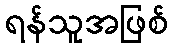
ရန်သူအဖြစ်